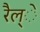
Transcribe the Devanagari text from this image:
रैल्े